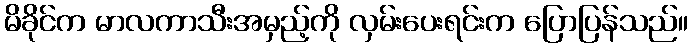
မိခိုင်က မာလကာသီးအမှည့်ကို လှမ်းပေးရင်းက ပြောပြန်သည်။